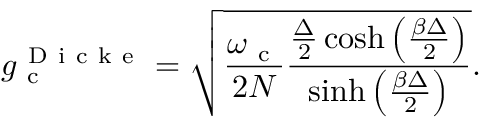
g _ { \mathrm { ~ c ~ } } ^ { \mathrm { ~ D ~ i ~ c ~ k ~ e ~ } } = \sqrt { \frac { \omega _ { \mathrm { ~ c ~ } } } { 2 N } \frac { \frac { \Delta } { 2 } \cosh \left( \frac { \beta \Delta } { 2 } \right) } { \sinh \left( \frac { \beta \Delta } { 2 } \right) } } .